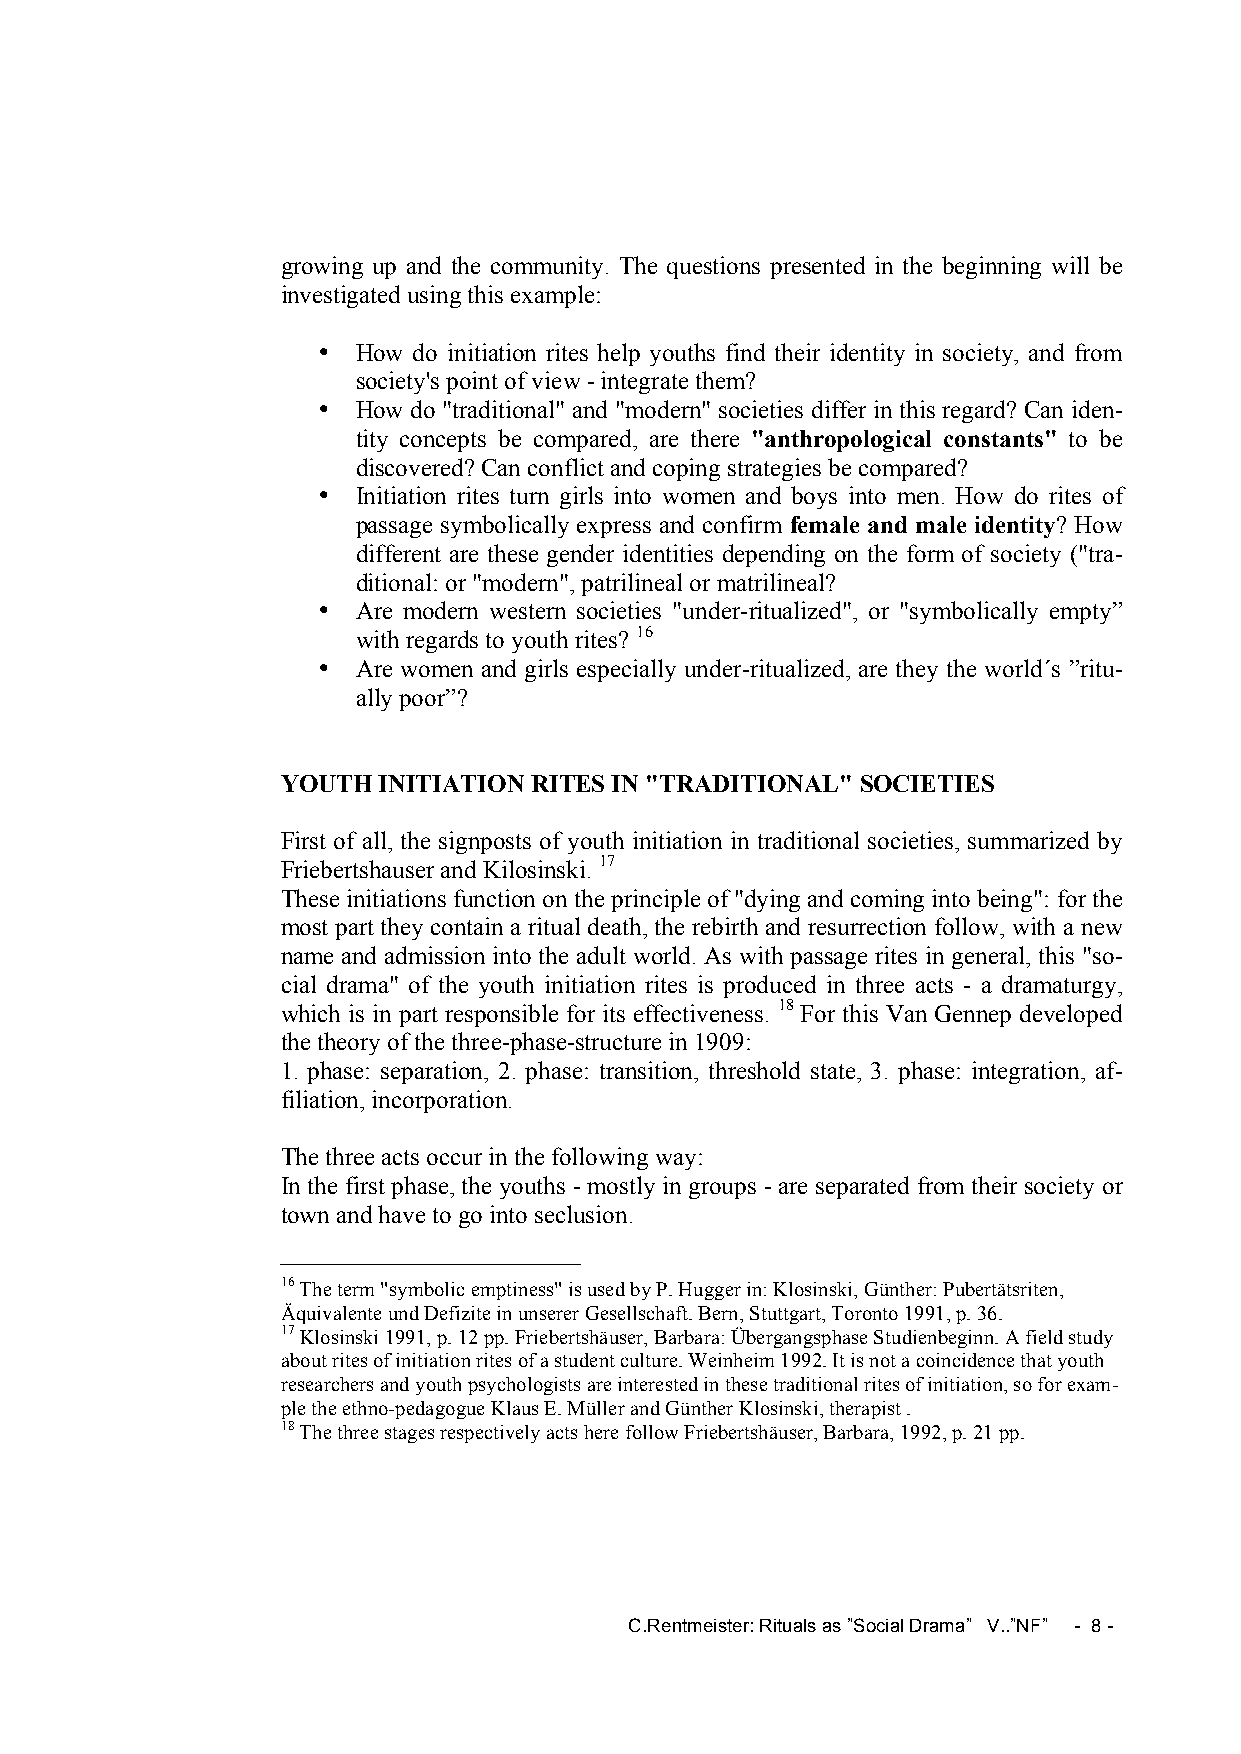
growing up and the community. The questions presented in the beginning will be
 investigated using this example:
 •  How do initiation rites help youths find their identity in society, and from
 society's point of view - integrate them?
 •  How do "traditional" and "modern" societies differ in this regard? Can iden-
 tity concepts be compared, are there "anthropological constants" to be
 discovered? Can conflict and coping strategies be compared?
 •  Initiation rites turn girls into women and boys into men. How do rites of
 passage symbolically express and confirm female and male identity? How
 different are these gender identities depending on the form of society ("tra-
 ditional: or "modern", patrilineal or matrilineal?
 •  Are modern western societies "under-ritualized", or "symbolically empty”
 with regards to youth rites? 16
 •  Are women and girls especially under-ritualized, are they the world´s ”ritu-
 ally poor”?
 YOUTH INITIATION RITES IN "TRADITIONAL" SOCIETIES
 First of all, the signposts of youth initiation in traditional societies, summarized by
 Friebertshauser and Kilosinski. 17
 These initiations function on the principle of "dying and coming into being": for the
 most part they contain a ritual death, the rebirth and resurrection follow, with a new
 name and admission into the adult world. As with passage rites in general, this "so-
 cial drama" of the youth initiation rites is produced in three acts - a dramaturgy,
 which is in part responsible for its effectiveness. 18 For this Van Gennep developed
 the theory of the three-phase-structure in 1909:
 1. phase: separation, 2. phase: transition, threshold state, 3. phase: integration, af-
 filiation, incorporation.
 The three acts occur in the following way:
 In the first phase, the youths - mostly in groups - are separated from their society or
 town and have to go into seclusion.
 16 The term "symbolic emptiness" is used by P. Hugger in: Klosinski, Günther: Pubertätsriten,
 Äquivalente und Defizite in unserer Gesellschaft. Bern, Stuttgart, Toronto 1991, p. 36.
 17 Klosinski 1991, p. 12 pp. Friebertshäuser, Barbara: Übergangsphase Studienbeginn. A field study
 about rites of initiation rites of a student culture. Weinheim 1992. It is not a coincidence that youth
 researchers and youth psychologists are interested in these traditional rites of initiation, so for exam-
 ple the ethno-pedagogue Klaus E. Müller and Günther Klosinski, therapist .
 18 The three stages respectively acts here follow Friebertshäuser, Barbara, 1992, p. 21 pp.
 C.Rentmeister: Rituals as ”Social Drama” V..”NF” - 8 -